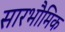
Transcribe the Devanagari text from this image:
सारभौमिक